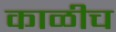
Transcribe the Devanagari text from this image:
काळीच